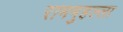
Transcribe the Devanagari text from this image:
राममुहल्ला